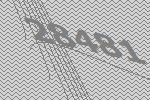
28481